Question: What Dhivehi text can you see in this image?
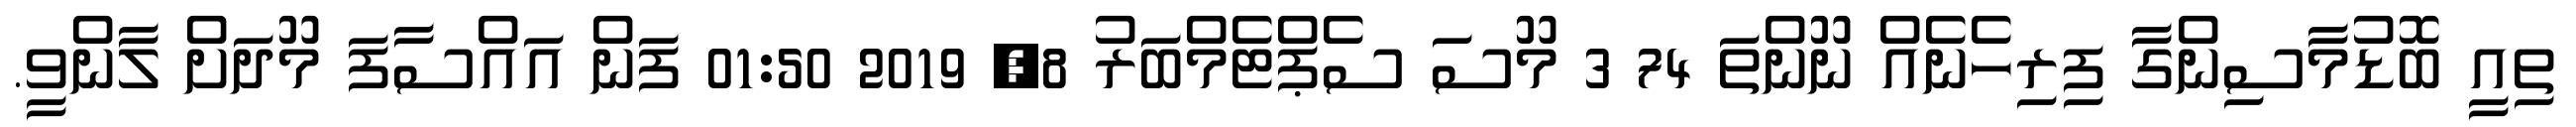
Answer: ތިއީ ބޮޑުމާސިންގާ ފިރިހެނެއް ނޫންތަ 74 3 މޫސަ ސެޕްޓެމްބަރު 8, 2019 01:50 ފަން އައްސާފަ މޫދަށް ލާންވީ.